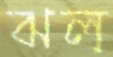
ঝল্